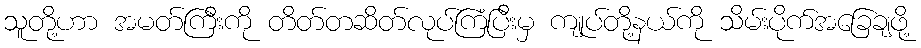
သူတို့ဟာ အမတ်ကြီးကို တိတ်တဆိတ်လုပ်ကြံပြီးမှ ကျုပ်တို့နယ်ကို သိမ်းပိုက်အခြေချဖို့